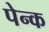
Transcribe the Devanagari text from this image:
पेन्क